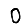
Digit: 0